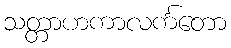
သတ္တာဟကာလင်္ကတော